Civil Veterinary Dept. Bombay admin report 1923-31 - 1923-1931
Year: 1923
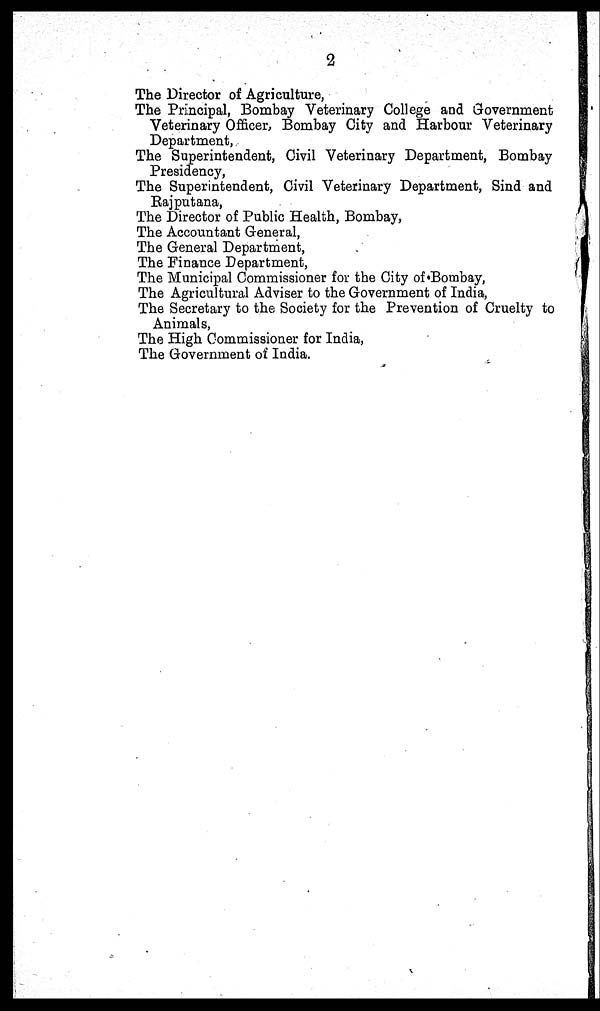
2
The Director of Agriculture,
The Principal, Bombay Veterinary College and Government
Veterinary Officer, Bombay City and Harbour Veterinary
Department,
The Superintendent, Civil Veterinary Department, Bombay
Presidency,
The Superintendent, Civil Veterinary Department, Sind and
Rajputana,
The Director of Public Health, Bombay,
The Accountant General,
The General Department,
The Finance Department,
The Municipal Commissioner for the City of Bombay,
The Agricultural Adviser to the Government of India,
The Secretary to the Society for the Prevention of Cruelty to
Animals,
The High Commissioner for India,
The Government of India.